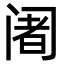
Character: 阇